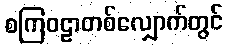
စကြဝဠာတစ်လျှောက်တွင်